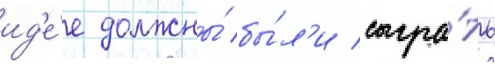
ид'е́е должны́ бы́л'и сыгра́ть